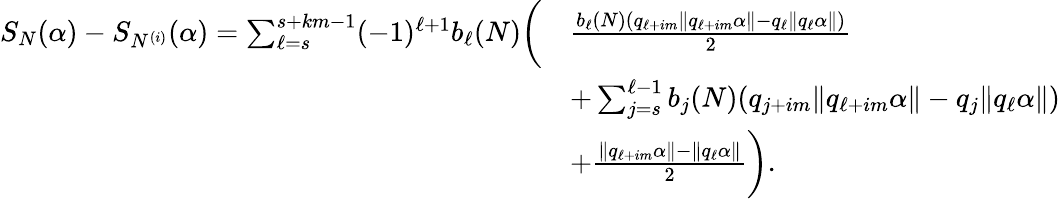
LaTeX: \begin{array}{rl}{S_{N}(\alpha)-S_{N^{(i)}}(\alpha)=\sum_{\ell=s}^{s+km-1}(-1)^{\ell+1}b_{\ell}(N)\bigg(}&{\frac{b_{\ell}(N)(q_{\ell+im}\| q_{\ell+im}\alpha\| -q_{\ell}\| q_{\ell}\alpha\| )}{2}}\\ &{+\sum_{j=s}^{\ell-1}b_{j}(N)(q_{j+im}\| q_{\ell+im}\alpha\| -q_{j}\| q_{\ell}\alpha\| )}\\ &{+\frac{\| q_{\ell+im}\alpha\| -\| q_{\ell}\alpha\| }{2}\bigg).}\end{array}